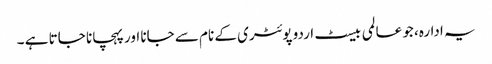
یہ ادارہ، جو عالمی بیسٹ اردو پوئٹری کے نام سے جانا اور پہچانا جاتا ہے ۔